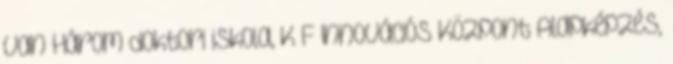
van Három doktori iskola, K F Innovációs Központ Alapképzés,